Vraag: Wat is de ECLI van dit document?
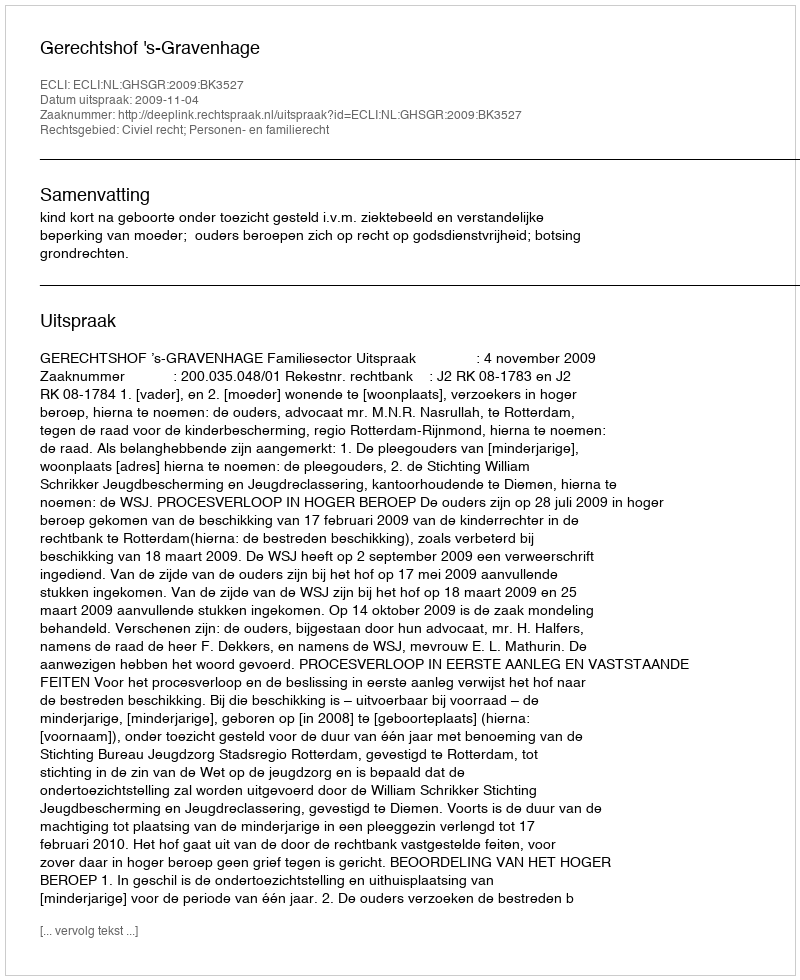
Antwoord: ECLI:NL:GHSGR:2009:BK3527